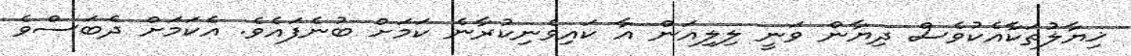
ޚިޔާލުތަކާއެކުވެސް ދިޔާން ވަނީ ލިލިއަން އާ ކައިވެނިކުރާނެ ކަމަށް ބުނެފައެވެ. އެކަމަށް ދެބަސްވެ